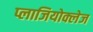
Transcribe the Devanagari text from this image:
प्लाजियोक्लेज